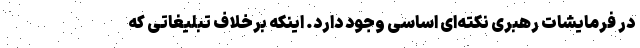
در فرمایشات رهبری نکته‌ای اساسی وجود دارد. اینکه برخلاف تبلیغاتی که